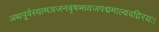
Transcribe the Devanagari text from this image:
अथपूर्वस्यामञजनबृषभध्वजपद्ममाल्यवद्गिरयः।